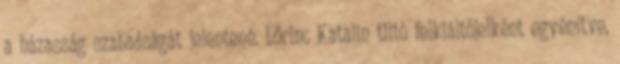
a házasság szabadságát jelentené. Lőrinc Katalin tiltó felkiáltójelként egyénítve,